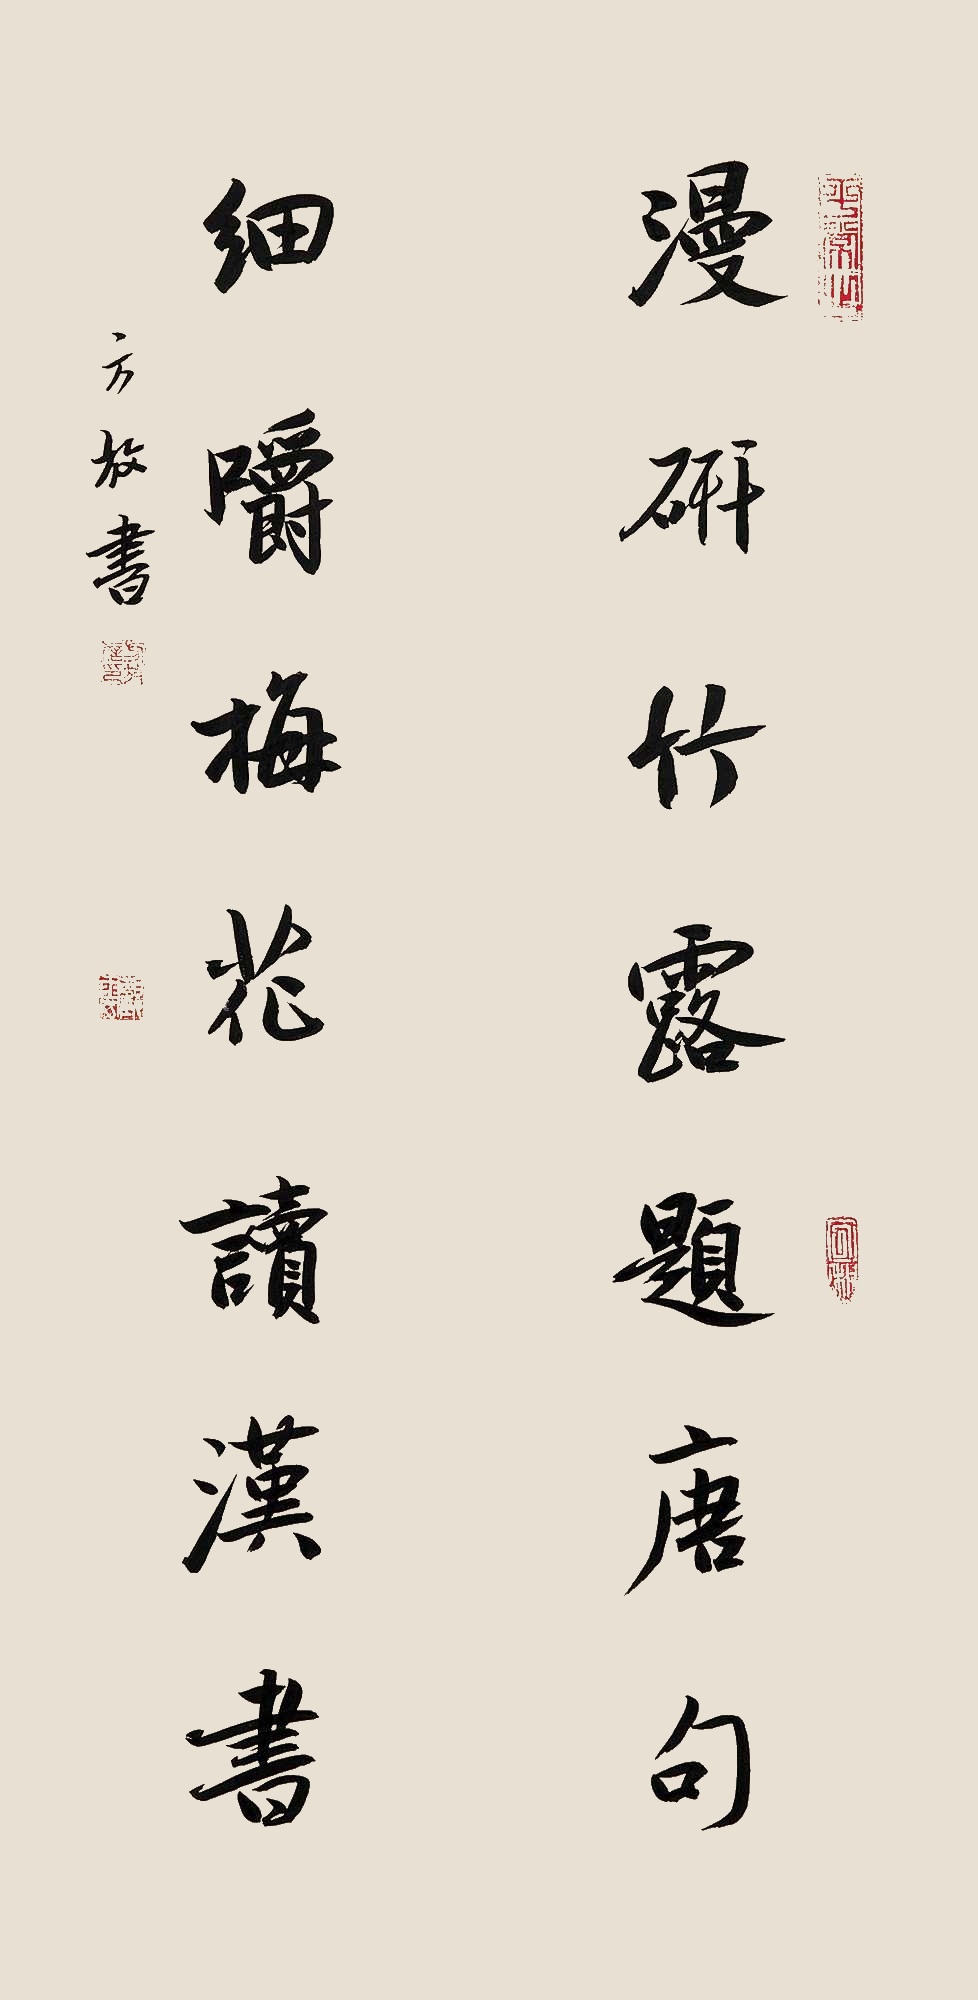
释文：慢研竹露题唐句，细嚼梅花读汉书。方放书。